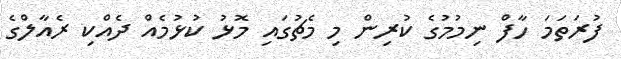
ފުރަތަމަ ހާފް ނިމުމުގެ ކުރިން މި މެޗުގައި މޮޅު ކުޅުމެއް ދެއްކި ރެއާލްގެ